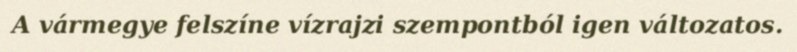
A vármegye felszíne vízrajzi szempontból igen változatos.